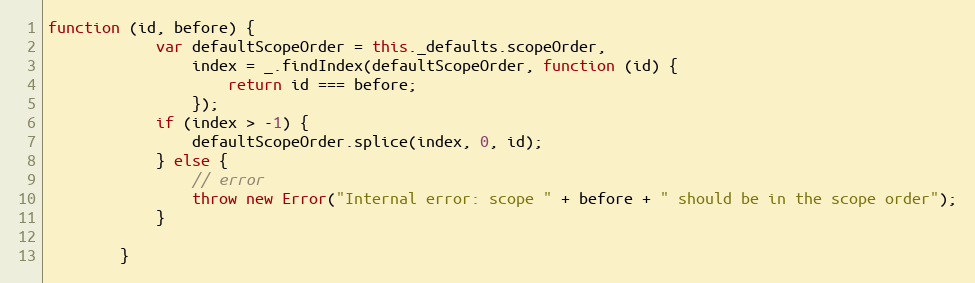
Language: JavaScript
function (id, before) {
            var defaultScopeOrder = this._defaults.scopeOrder,
                index = _.findIndex(defaultScopeOrder, function (id) {
                    return id === before;
                });
            if (index > -1) {
                defaultScopeOrder.splice(index, 0, id);
            } else {
                // error
                throw new Error("Internal error: scope " + before + " should be in the scope order");
            }

        }